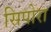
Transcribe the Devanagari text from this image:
सिपोरा